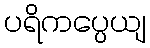
ပရိကပ္ပေယျ